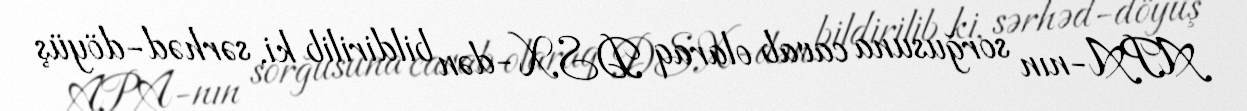
APA-nın sorğusuna cavab olaraq DSX-dən bildirilib ki, sərhəd-döyüş